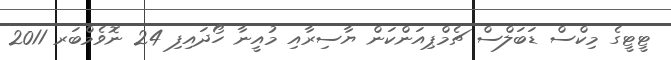
ޓީޓީގެ މިކްސް ޑަބަލްސް ޗެމްޕިއަންކަން ޔާސިރާއި މުއީނާ ހޯދައިފި 24 ނޮވެމްބަރ 2011